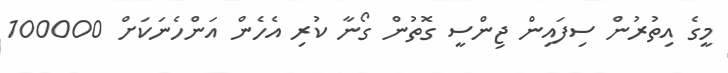
މީގެ އިތުރުން ސިފައިން ޖިންސީ ގޮތުން ގޯނާ ކުރި އެހެން އަންހެނަކަށް 100000